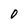
Character: O